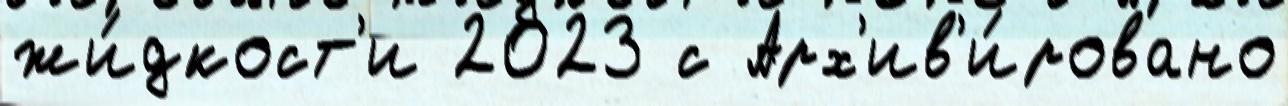
жи́дкост'и 2023 с Арх'ив'и́ровано